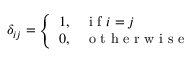
\delta _ { i j } = { \left\{ \begin{array} { l l } { 1 , } & { \textrm { i f } i = j } \\ { 0 , } & { \textrm { o t h e r w i s e } } \end{array} \right. }